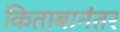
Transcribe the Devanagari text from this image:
किताबानंतर